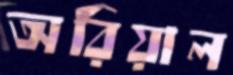
অরিয়াল